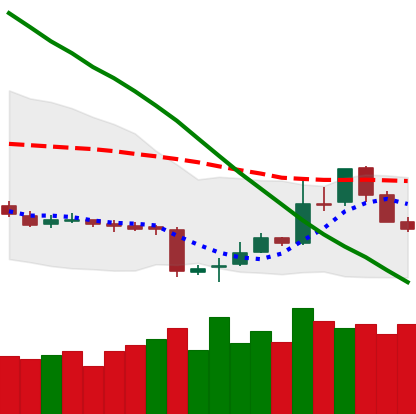
Ticker: LTC-USD
Chart end date: 2018-11-09
Forward return: -15.965%
Label: down_7plus